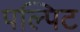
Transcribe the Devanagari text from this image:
पल्पिट